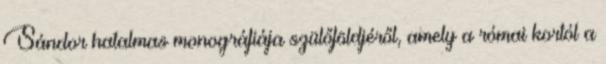
Sándor hatalmas monográfiája szülőföldjéről, amely a római kortól a